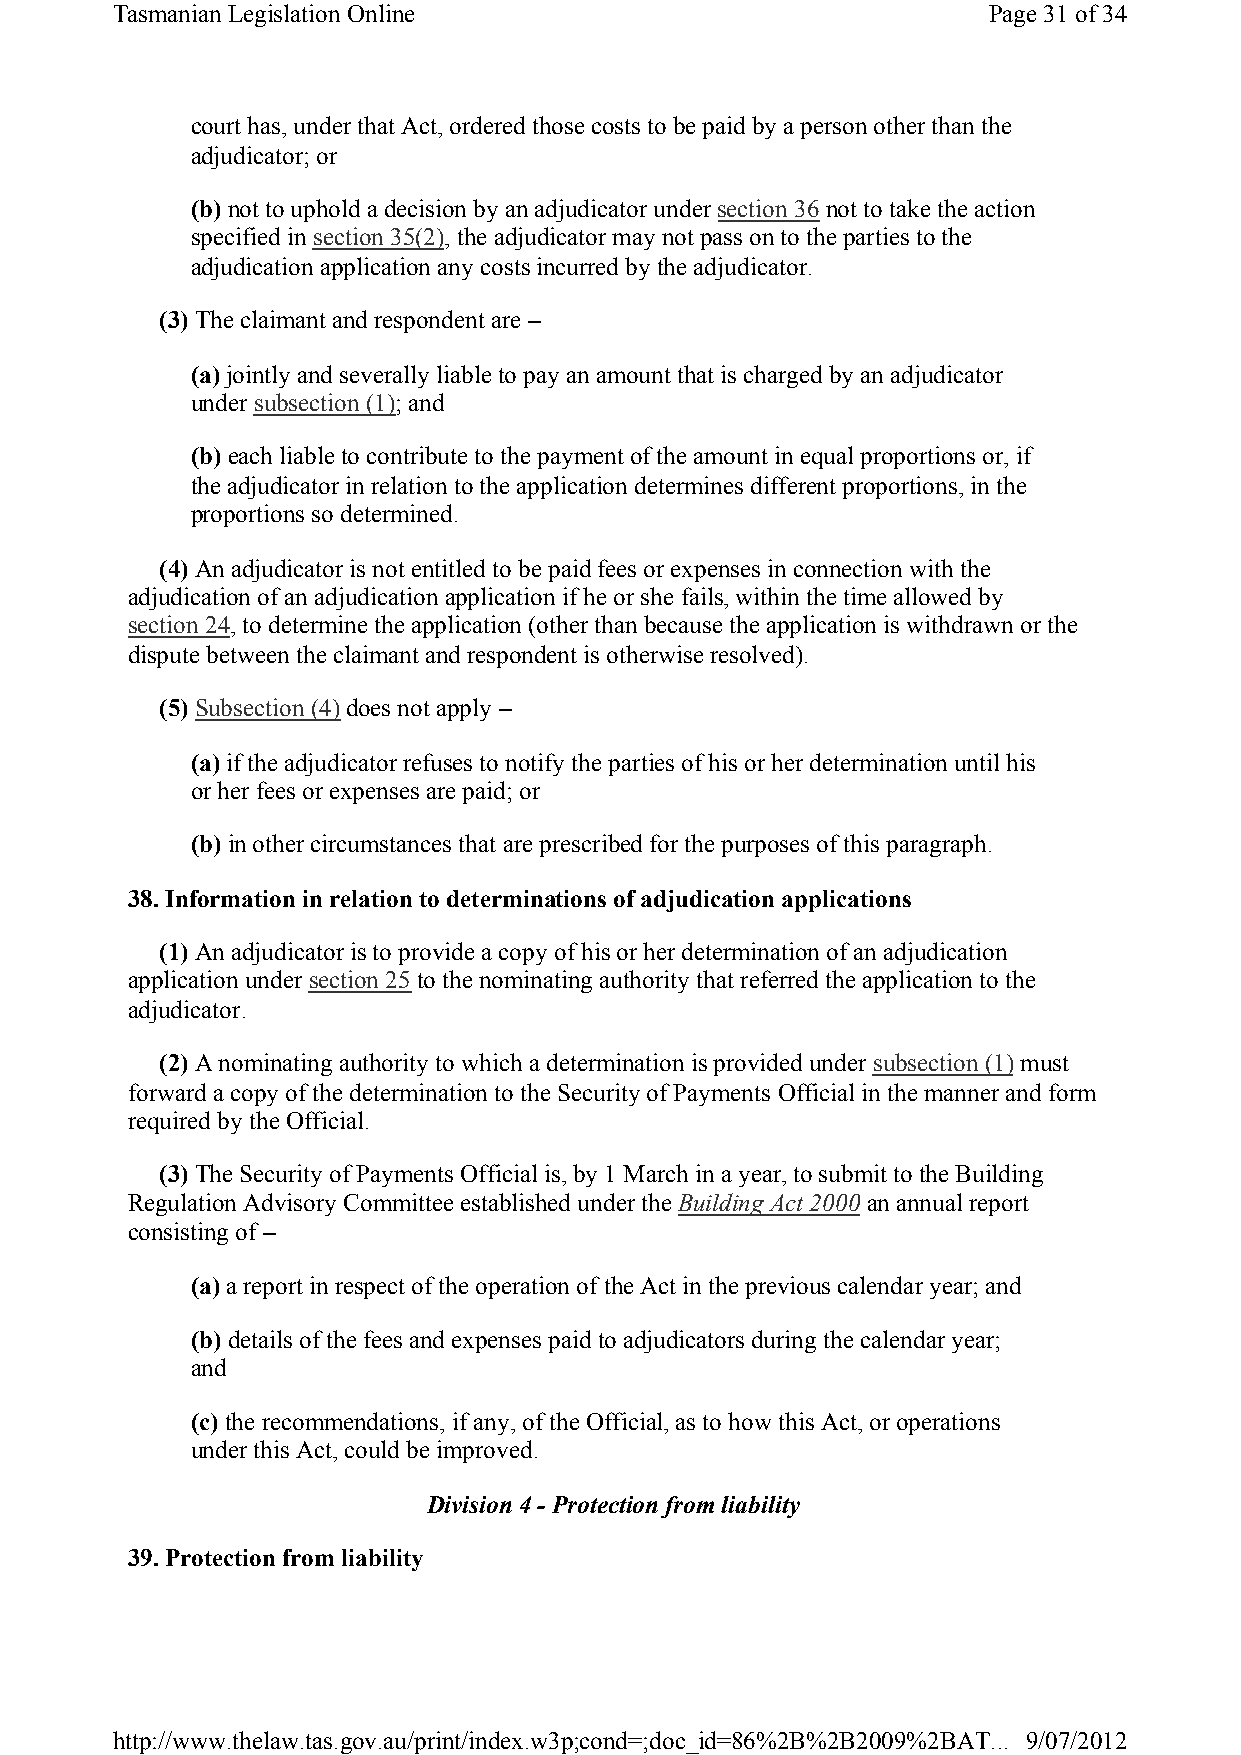
Tasmanian Legislation Online                              Page 31of 34
 court has, under that Act, ordered those costs to be paid by a person other than the
 adjudicator; or
 (b) not to uphold a decision by an adjudicator under section 36not to take the action
 specified in section 35(2), the adjudicator may not pass on to the parties to the
 adjudication application any costs incurred by the adjudicator.
 (3) The claimant and respondent are –
 (a) jointly and severally liable to pay an amount that is charged by an adjudicator
 under subsection (1); and
 (b) each liable to contribute to the payment of the amount in equal proportions or, if
 the adjudicator in relation to the application determines different proportions, in the
 proportions so determined.
 (4) An adjudicator is not entitled to be paid fees or expenses in connection with the
 adjudication of an adjudication application if he or she fails, within the time allowed by
 section 24, to determine the application (other than because the application is withdrawn or the
 dispute between the claimant and respondent is otherwise resolved).
 (5) Subsection (4)does not apply –
 (a) if the adjudicator refuses to notify the parties of his or her determination until his
 or her fees or expenses are paid; or
 (b) in other circumstances that are prescribed for the purposes of this paragraph.
 38. Information in relation to determinations of adjudication applications
 (1) An adjudicator is to provide a copy of his or her determination of an adjudication
 application under section 25to the nominating authority that referred the application to the
 adjudicator.
 (2) A nominating authority to which a determination is provided under subsection (1) must
 forward a copy of the determination to the Security of Payments Official in the manner and form
 required by the Official.
 (3) The Security of Payments Official is, by 1 March in a year, to submit to the Building
 Regulation Advisory Committee established under the Building Act 2000an annual report
 consisting of –
 (a) a report in respect of the operation of the Act in the previous calendar year; and
 (b) details of the fees and expenses paid to adjudicators during the calendar year;
 and
 (c)the recommendations, if any, of the Official, as to how this Act, or operations
 under this Act, could be improved.
 Division 4 - Protection from liability
 39. Protection from liability
 http://www.thelaw.tas.gov.au/print/index.w3p;cond=;doc_id=86%2B%2B2009%2BAT... 9/07/2012